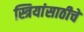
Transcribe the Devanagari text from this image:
स्त्रियांसाठीचे